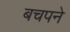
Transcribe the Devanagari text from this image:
बचपने